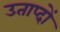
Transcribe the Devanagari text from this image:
उताप्दों